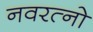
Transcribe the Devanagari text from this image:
नवरत्नो